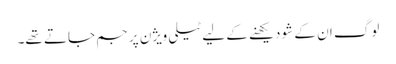
لوگ ان کے شو دیکھنے کے لیے ٹیلی ویژن پر جم جاتے تھے۔